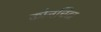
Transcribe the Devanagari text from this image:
कोनचिटा